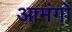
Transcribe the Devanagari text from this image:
आमंगों